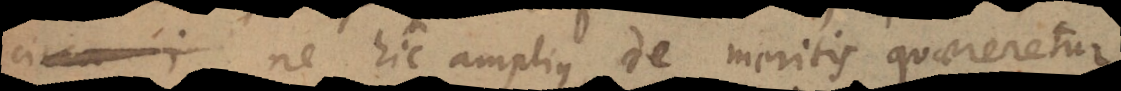
ne hic amplius de meritis quaereretur,